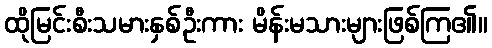
ထိုမြင်းစီးသမားနှစ်ဦးကား မိန်းမသားများဖြစ်ကြ၏။